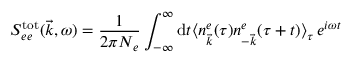
S _ { e e } ^ { \mathrm { t o t } } ( \vec { k } , \omega ) = \frac { 1 } { 2 \pi N _ { e } } \int _ { - \infty } ^ { \infty } \mathrm { d } t \langle n _ { \vec { k } } ^ { e } ( \tau ) n _ { - \vec { k } } ^ { e } ( \tau + t ) \rangle _ { \tau } \, e ^ { i \omega t }